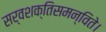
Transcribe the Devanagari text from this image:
सर्वशक्तिसमन्विते।